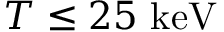
T \leq 2 5 { \mathrm { ~ k e V } }